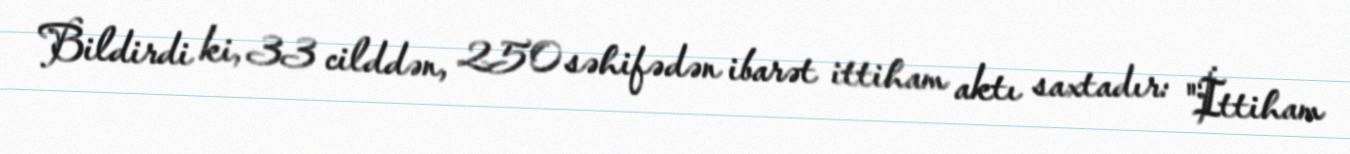
Bildirdi ki, 33 cilddən, 250 səhifədən ibarət ittiham aktı saxtadır: "İttiham